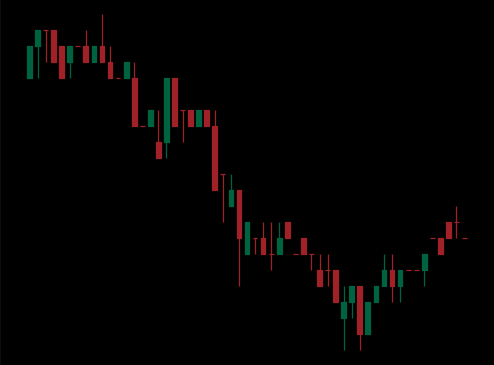
Pattern: bull_flag